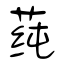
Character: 莼